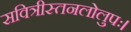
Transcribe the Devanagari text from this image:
सवित्रीस्तनलोलुपः।